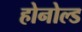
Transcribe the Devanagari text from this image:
होनोल्ड